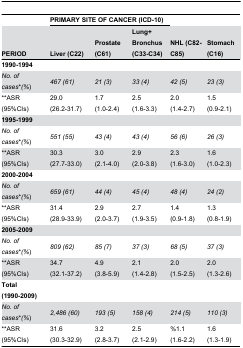
<table><thead><tr><td></td><td colspan="3"><b>PRIMARY SITE OF CANCER (ICD-10)</b></td><td></td><td></td></tr><tr><td><b>PERIOD</b></td><td><b>Liver (C22)</b></td><td><b>Prostate (C61)</b></td><td><b>Lung+ Bronchus (C33-C34)</b></td><td><b>NHL (C82-C85)</b></td><td><b>Stomach (C16)</b></td></tr></thead><tbody><tr><td><b>1990-1994</b></td><td></td><td></td><td></td><td></td><td></td></tr><tr><td><i>No. of cases</i>*<i>(%</i>)</td><td><i>467 (61)</i></td><td><i>21 (3)</i></td><td><i>33 (4)</i></td><td><i>42 (5)</i></td><td><i>23 (3)</i></td></tr><tr><td>**ASR (95%CIs)</td><td>29.0 (26.2-31.7)</td><td>1.7 (1.0-2.4)</td><td>2.5 (1.6-3.3)</td><td>2.0 (1.4-2.7)</td><td>1.5 (0.9-2.1)</td></tr><tr><td><b>1995-1999</b></td><td></td><td></td><td></td><td></td><td></td></tr><tr><td><i>No. of cases</i>*<i>(%</i>)</td><td><i>551 (55)</i></td><td><i>43 (4)</i></td><td><i>43 (4)</i></td><td><i>56 (6)</i></td><td><i>26 (3)</i></td></tr><tr><td>**ASR (95%CIs)</td><td>30.3 (27.7-33.0)</td><td>3.0 (2.1-4.0)</td><td>2.9 (2.0-3.8)</td><td>2.3 (1.6-3.0)</td><td>1.6 (1.0-2.3)</td></tr><tr><td><b>2000-2004</b></td><td></td><td></td><td></td><td></td><td></td></tr><tr><td><i>No. of cases</i>*<i>(%</i>)</td><td><i>659 (61)</i></td><td><i>44 (4)</i></td><td><i>45 (4)</i></td><td><i>48 (4)</i></td><td><i>24 (2)</i></td></tr><tr><td>**ASR (95%CIs)</td><td>31.4 (28.9-33.9)</td><td>2.9 (2.0-3.7)</td><td>2.7 (1.9-3.5)</td><td>1.4 (0.9-1.8)</td><td>1.3 (0.8-1.9)</td></tr><tr><td><b>2005-2009</b></td><td></td><td></td><td></td><td></td><td></td></tr><tr><td><i>No. of cases</i>*<i>(%</i>)</td><td><i>809 (62)</i></td><td><i>85 (7)</i></td><td><i>37 (3)</i></td><td><i>68 (5)</i></td><td><i>37 (3)</i></td></tr><tr><td>**ASR (95%CIs)</td><td>34.7 (32.1-37.2)</td><td>4.9 (3.8-5.9)</td><td>2.1 (1.4-2.8)</td><td>2.0 (1.5-2.5)</td><td>2.0 (1.3-2.6)</td></tr><tr><td><b>Total (1990-2009)</b></td><td></td><td></td><td></td><td></td><td></td></tr><tr><td><i>No. of cases</i>*<i>(%</i>)</td><td><i>2,486 (60)</i></td><td><i>193 (5)</i></td><td><i>158 (4)</i></td><td><i>214 (5)</i></td><td><i>110 (3)</i></td></tr><tr><td>**ASR (95%CIs)</td><td>31.6 (30.3-32.9)</td><td>3.2 (2.8-3.7)</td><td>2.5 (2.1-2.9)</td><td>%1.1 (1.6-2.2)</td><td>1.6 (1.3-1.9)</td></tr></tbody></table>